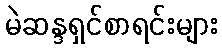
မဲဆန္ဒရှင်စာရင်းများ